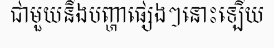
ជាមួយនឹងបញ្ហាផ្សេងៗនោះឡើយ